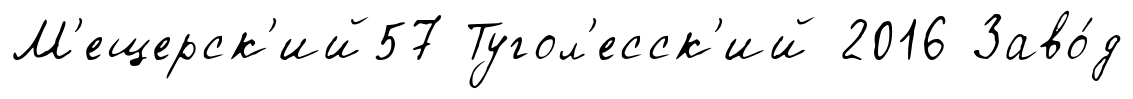
М'ещерск'ий57 Тугол'есск'ий 2016 Заво́д